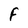
Character: F